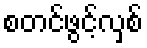
စတင်ဖွင့်လှစ်